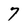
Character: 7